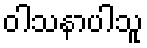
ဝါသနာပါသူ